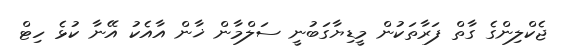
ޖެކްލިންގެ ގާތް ފަރާތަކުން މީޑިޔާގަބުނީ ސަލްމާން ޚާން އާއެކު އޭނާ ކުޅެ ހިޓް